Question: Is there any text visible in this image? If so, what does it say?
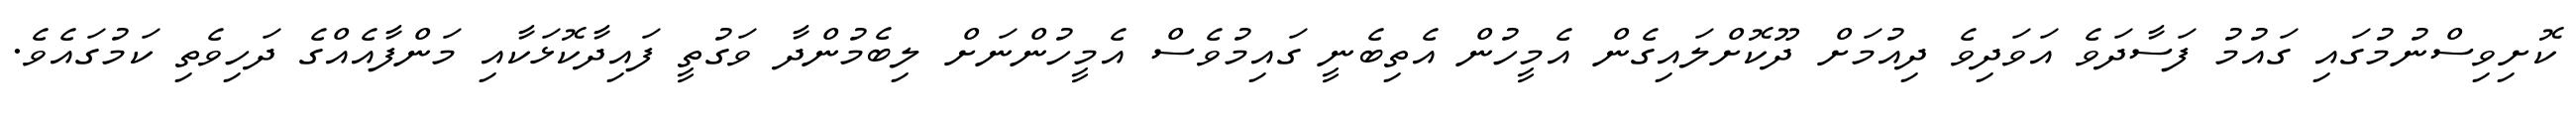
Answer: ކޮށިވިސްނުމުގައި ގައުމު ފަސާދަވެ އަވަދިވެ ދިއުމަށް ދޫކޮށްލައިގެން އެމީހުން އެތިބެނީ ގައިމުވެސް އެމީހުންނަށް ލިބެމުންދާ ވަގުތީ ފައިދާކޮޅަކާއި މަންފާއެއްގެ ދަހިވެތި ކަމުގައެވެ.